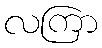
လကြာ